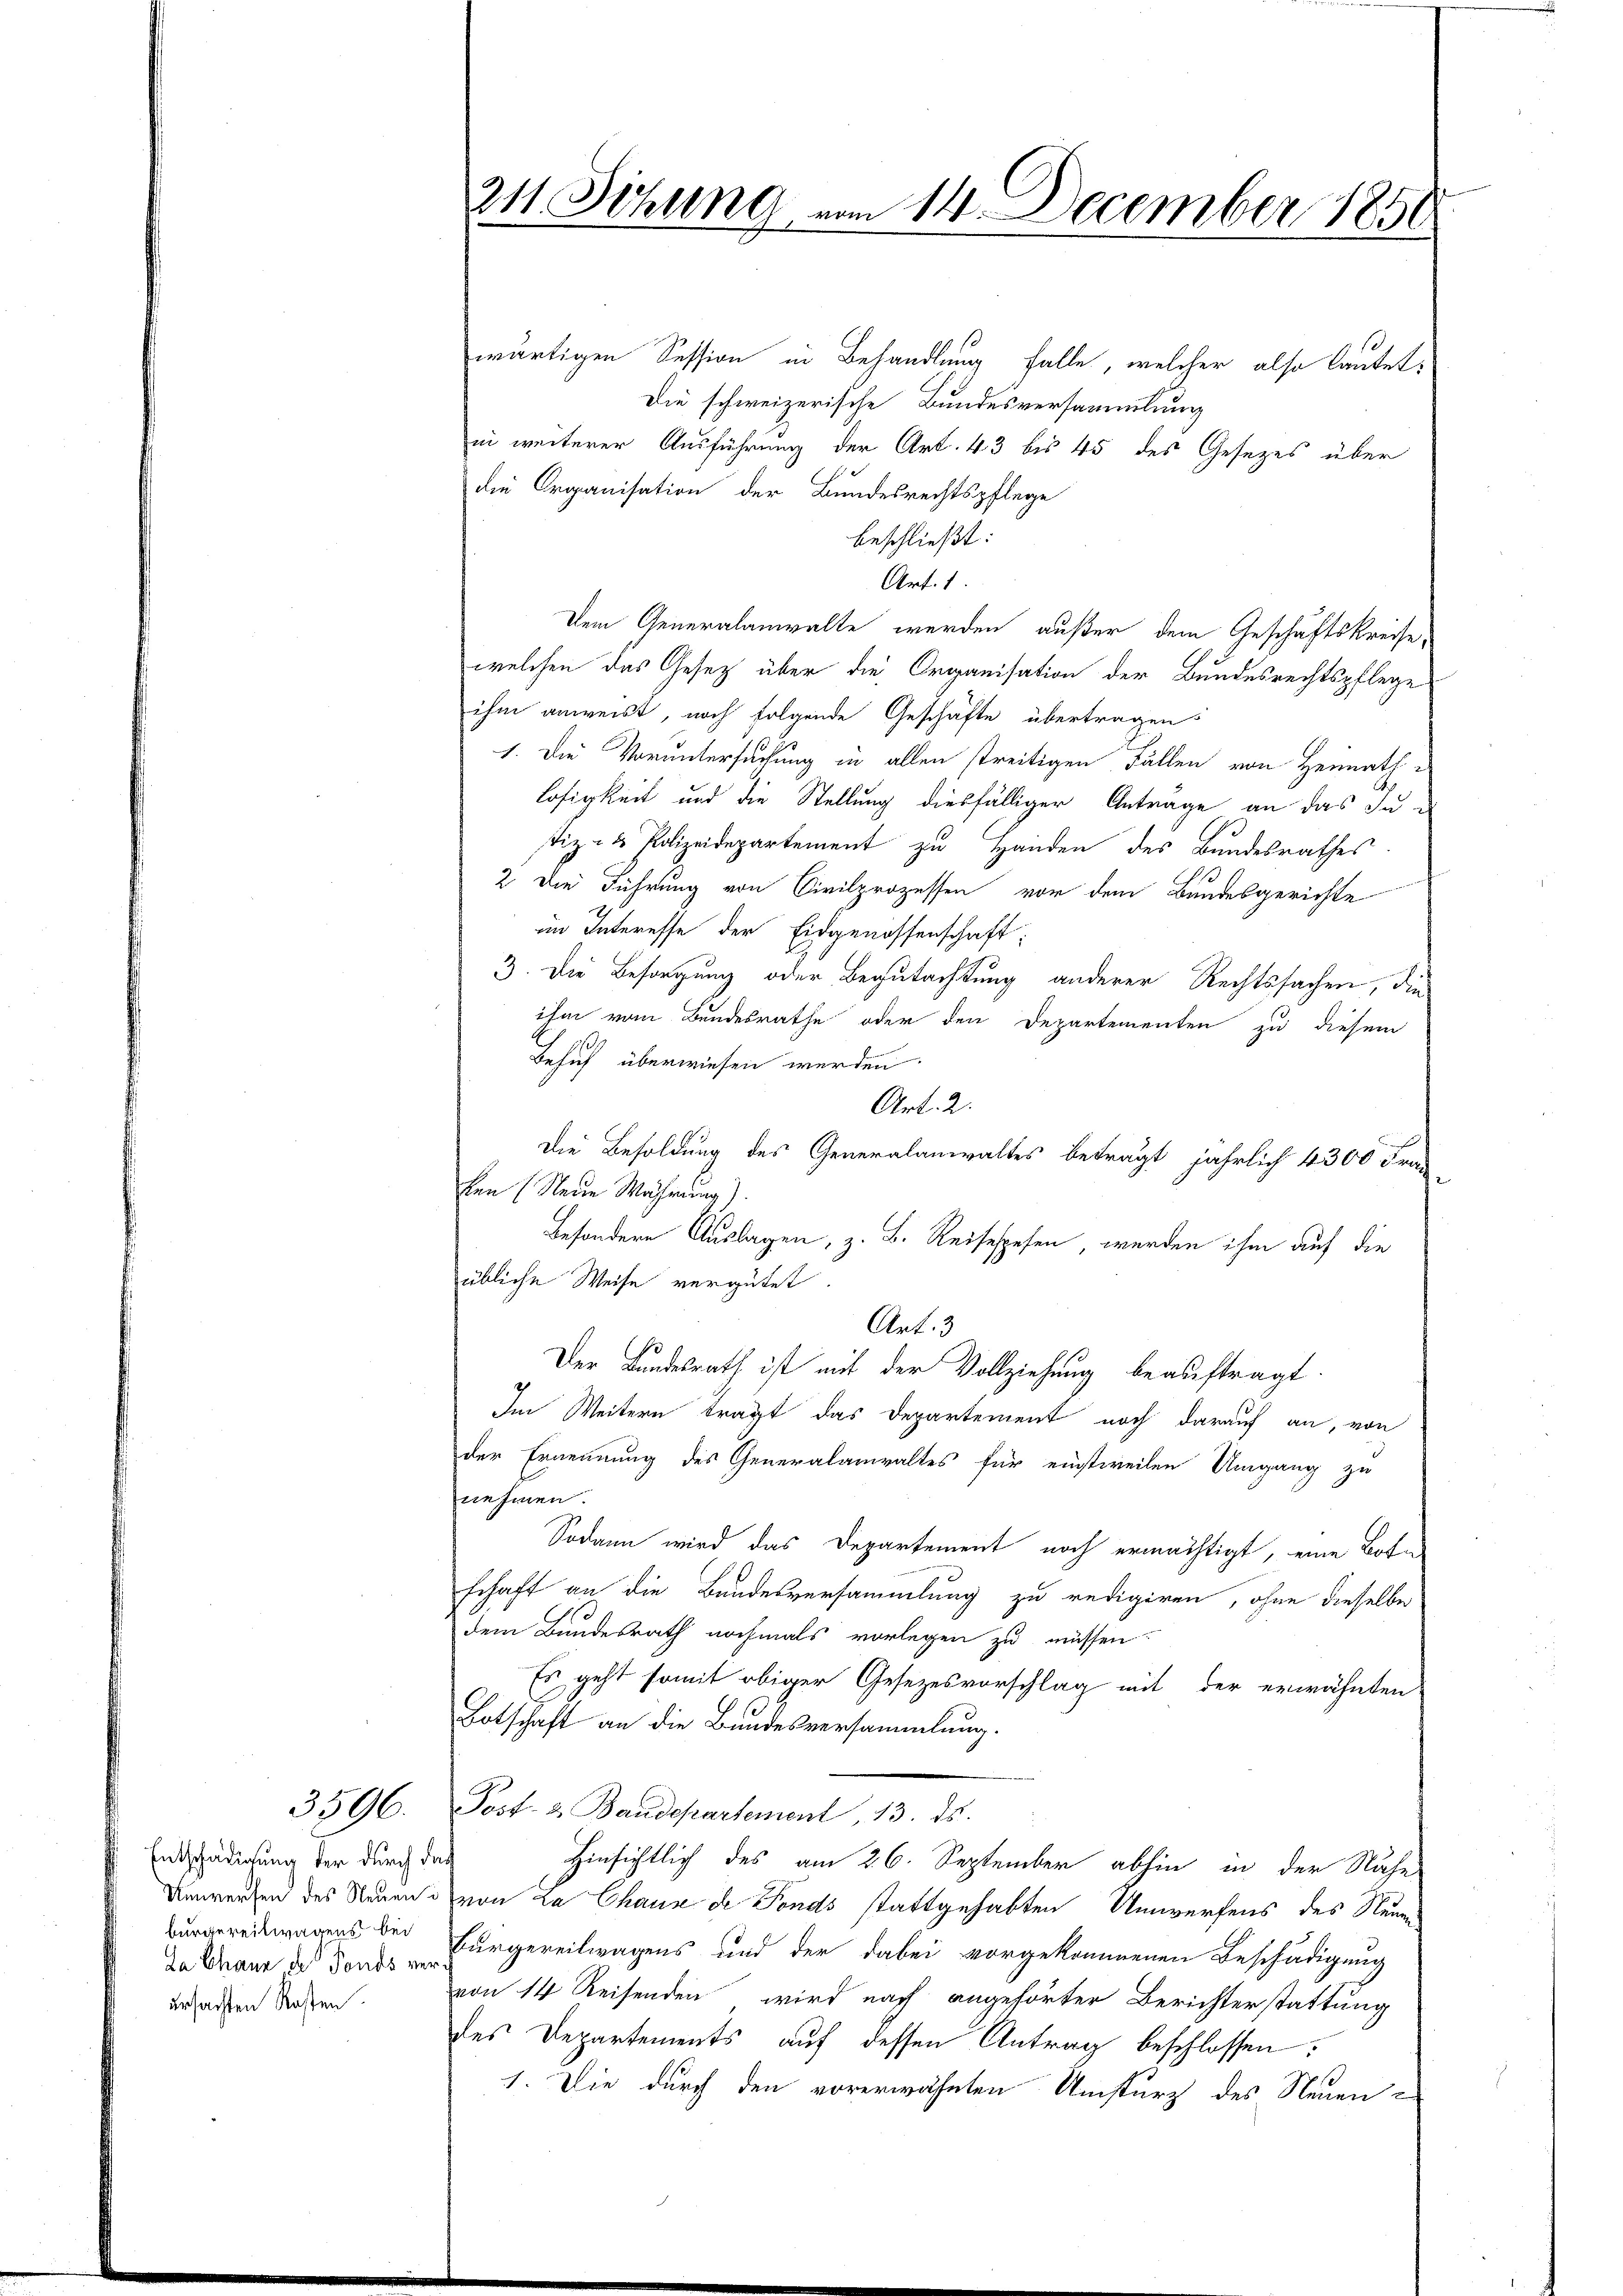
Entschädigung der durch das
burgereitwagens bei
ursachten Kosten.

3596.

wärtigen Session in Behandlung falle, welcher also lautet,
Die schweizerische Bundesversammlung
in weiterer Ausführung der Art. 43 bis 45 des Gesezes über
die Organisation der Bundesrechtspflege
beschließt:
Art. 1.
Dem Generalanwalte werden außer dem Geschäftskreise-
welchen das Gesetz über die Organisation der Bundesrechtspflege
ihm anweist, noch folgende Geschäfte übertragen
1. Die Voruntersuchung in allen streitigen Fällen von Heimath-
losigkeit und die Stellung diesfälliger Anträge an das Ju-
stiz - Polizeidepartement zu Handen des Bundesrathes
2 Die Führung von Civilprozessen vor dem Bundesgerichte
im Interesse der Eidgenossenschaft
3. Die Besorgung oder Begutachtung anderer Rechtssachen, die
ihm vom Bundesrathe oder den Departementen zu diesem
Behuf überwiesen werden.
Art. 2.
Die Besoldung des Generalanwaltes beträgt jährlich 4300 Fran
ben (Neue Währung).
besondere Auslagen, z. B. Reisespesen, werden ihm auf die
übliche Weise vergütet.
Art. 3
1
Der Landesrath ist mit der Vollziehung beauftragt.
Im Weitern trägt das Departement noch darauf an, von
der Ernennung des Generalanwaltes für einstweilen Umgang zu
nehmen.
Sodann wird das Departement noch ermächtigt, eine Botschaft an die Bundesversammlung zu redigiren, ohne dieselbe
dem Bundesrath nochmals vorlegen zu müssen.
Es geht somit obiger Gesezesvorschlag mit der erwähnten
Botschaft an die Bundesversammlung.
Post- & Baudepartement, 13. ds.
Hinsichtlich des am 26. September abhin in der Nähe
Unwerfen des Neuen von La Chaux de Fonds stattgehabten Umwerfens des Neuen
da Brand Burgereitwagens und der dabei vorgekommenen Beschädigung
von 14 Reisenden wird nach angehörter Berichterstattung
des Departements auf dessen Antrag beschlossen:
1. Die durch den vorerwähnten Umsturz des Neuen

211. Sitzung vom 14. December 1850